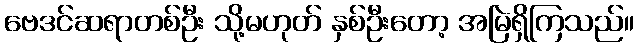
ဗေဒင်ဆရာတစ်ဦး သို့မဟုတ် နှစ်ဦးတော့ အမြဲရှိကြသည်။